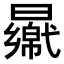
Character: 𣍑